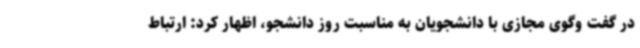
در گفت وگوی مجازی با دانشجویان به مناسبت روز دانشجو، اظهار کرد: ارتباط